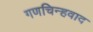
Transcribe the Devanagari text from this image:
गणचिन्हवाद